Mental hospitals Bombay report 1921-28 - 1921-1928
Year: 1921
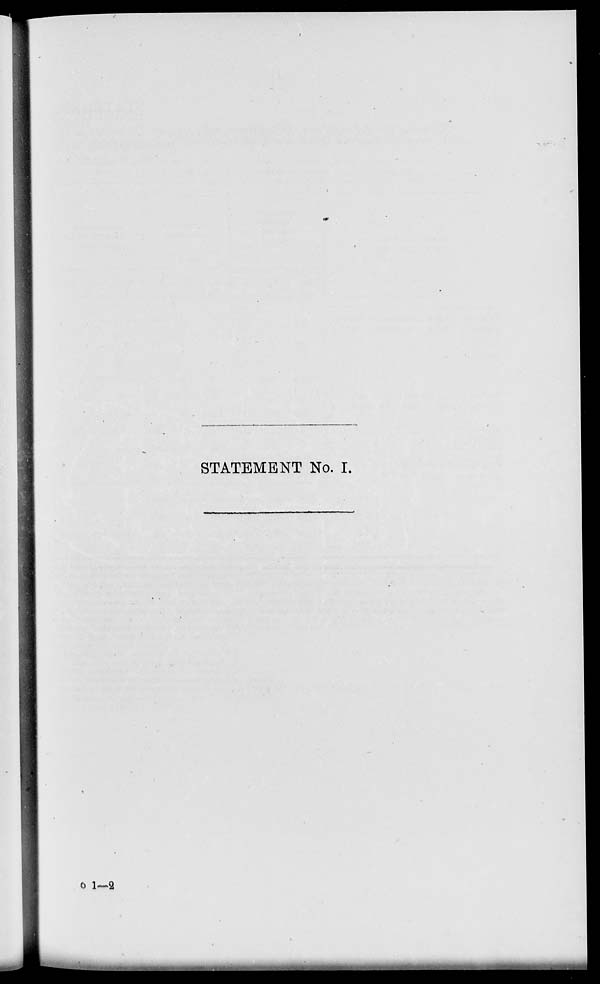
STATEMENT No. I.
o 1—2